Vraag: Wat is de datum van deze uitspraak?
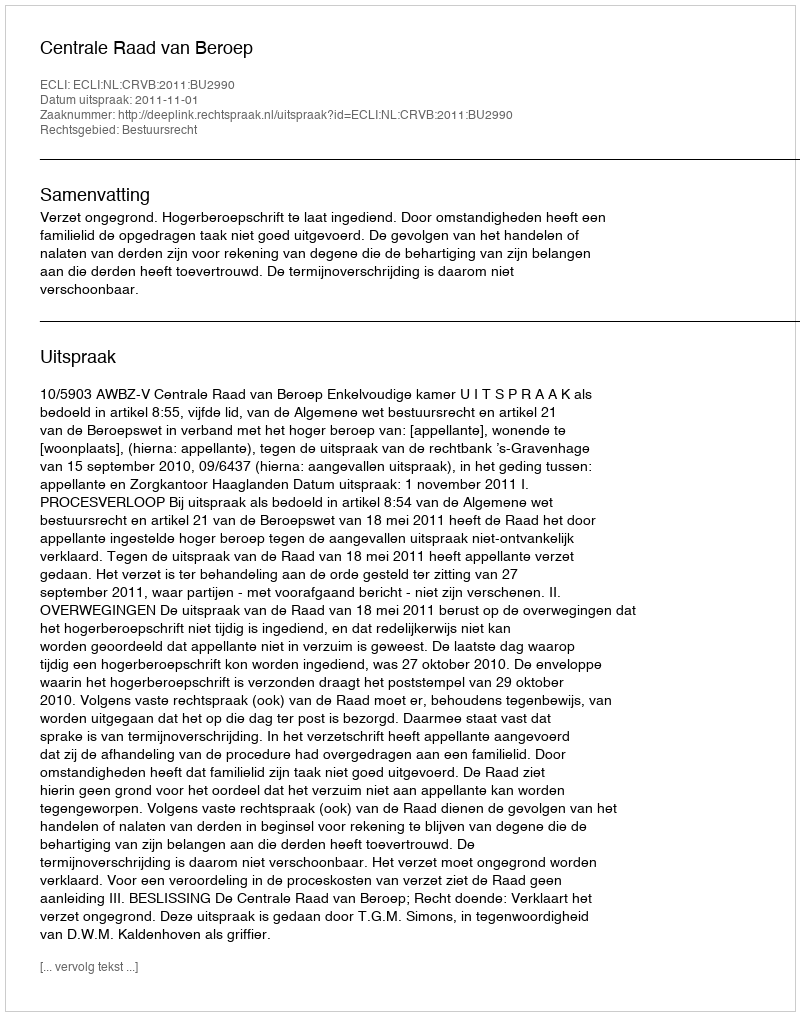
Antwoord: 2011-11-01